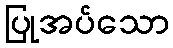
ပြုအပ်သော